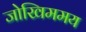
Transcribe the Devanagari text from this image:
जोखिममय